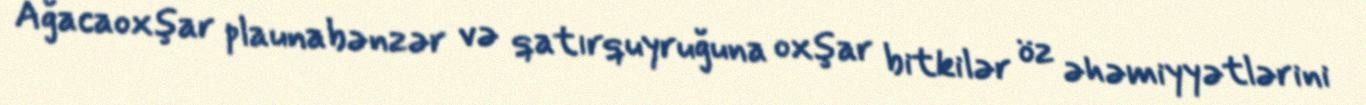
Ağacaoxşar plaunabənzər və qatırquyruğuna oxşar bitkilər öz əhəmiyyətlərini